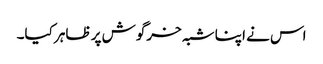
اس نے اپنا شبہ خرگوش پر ظاہر کیا۔